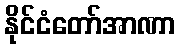
နိုင်ငံတော်အာဏာ